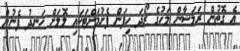
އެ ގޮތުން ރަމަޟާން މަހުގެ ރޯދަ ހިފަން ފެށުމަށްޓަކައި ލޮލަށް ހަނދު ފެނުން